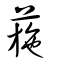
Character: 葹